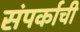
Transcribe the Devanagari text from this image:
संपर्काची